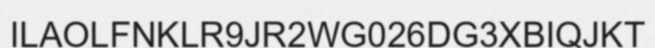
ILAOLFNKLR9JR2WG026DG3XBIQJKT